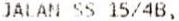
JALAN SS 15/4B,